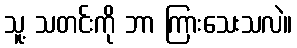
သူ့ သတင်းကို ဘာ ကြားသေးသလဲ။